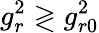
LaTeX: g_{r}^{2}\gtrless g_{r0}^{2}